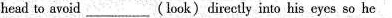
head to avoid ___ (look)directly into his eyes so he